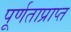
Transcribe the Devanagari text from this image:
पूर्णताप्राप्त